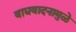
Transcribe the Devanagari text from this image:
वाद्यवादनामुळे